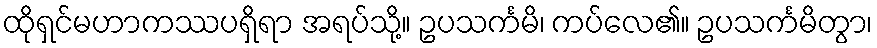
ထိုရှင်မဟာကဿပရှိရာ အရပ်သို့။ ဥပသင်္ကမိ၊ ကပ်လေ၏။ ဥပသင်္ကမိတွာ၊